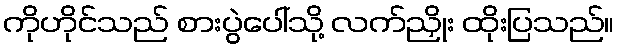
ကိုဟိုင်သည် စားပွဲပေါ်သို့ လက်ညှိုး ထိုးပြသည်။